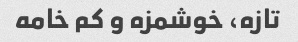
تازه، خوشمزه و کم خامه